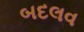
બદલવ